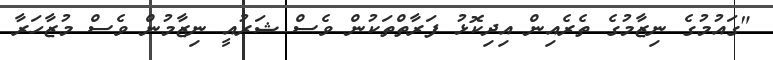
"ގައުމުގެ ނިޒާމުގެ ތެރެއިން އިދިކޮޅު ފަރާތްތަކުން ވެސް ޝަރުއީ ނިޒާމުން ވެސް މުޒާހަރާ